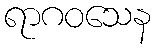
ရာဂဝသေန